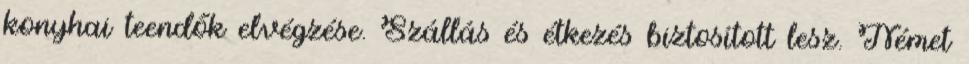
konyhai teendők elvégzése. Szállás és étkezés biztosított lesz. Német